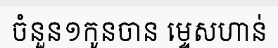
ចំនួន១កូនចាន ម្ទេសហាន់